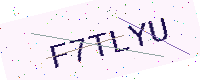
Text: F7TLYU